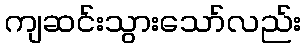
ကျဆင်းသွားသော်လည်း